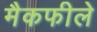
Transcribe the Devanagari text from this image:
मैकफीले